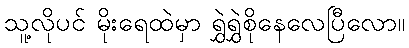
သူ့လိုပင် မိုးရေထဲမှာ ရွှဲရွှဲစိုနေလေပြီလော။